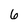
Character: 6